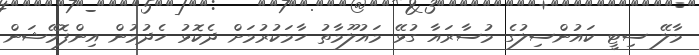
މާލޭ ސިޓީ ކައުންސިލުގެ މުސާރައާ ގުޅޭ މައުލޫމާތު ހާމަކުރުމަށް ދެކޮޅު ހެދުމުން އިންފޮމޭޝަން